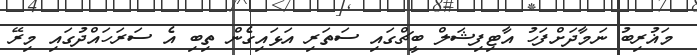
މަޣުރިބު ނަމާދަށްފަހު އާޓިފިޝަލް ބީޗްގައި ސަތަރި އަަޅައިގެން ތިބި އެ ސަރަހައްދުގައި މިރޭ